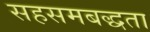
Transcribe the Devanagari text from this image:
सहसमबद्धता